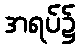
အရပ်၌